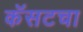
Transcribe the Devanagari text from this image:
कॅसटचा